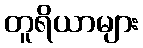
တူရိယာများ